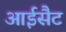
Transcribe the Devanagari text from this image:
आईसैट